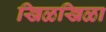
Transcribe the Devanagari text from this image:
खिळखिळा